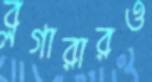
ব্লগারারও